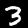
Label: 3